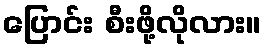
ပြောင်း စီးဖို့လိုလား။